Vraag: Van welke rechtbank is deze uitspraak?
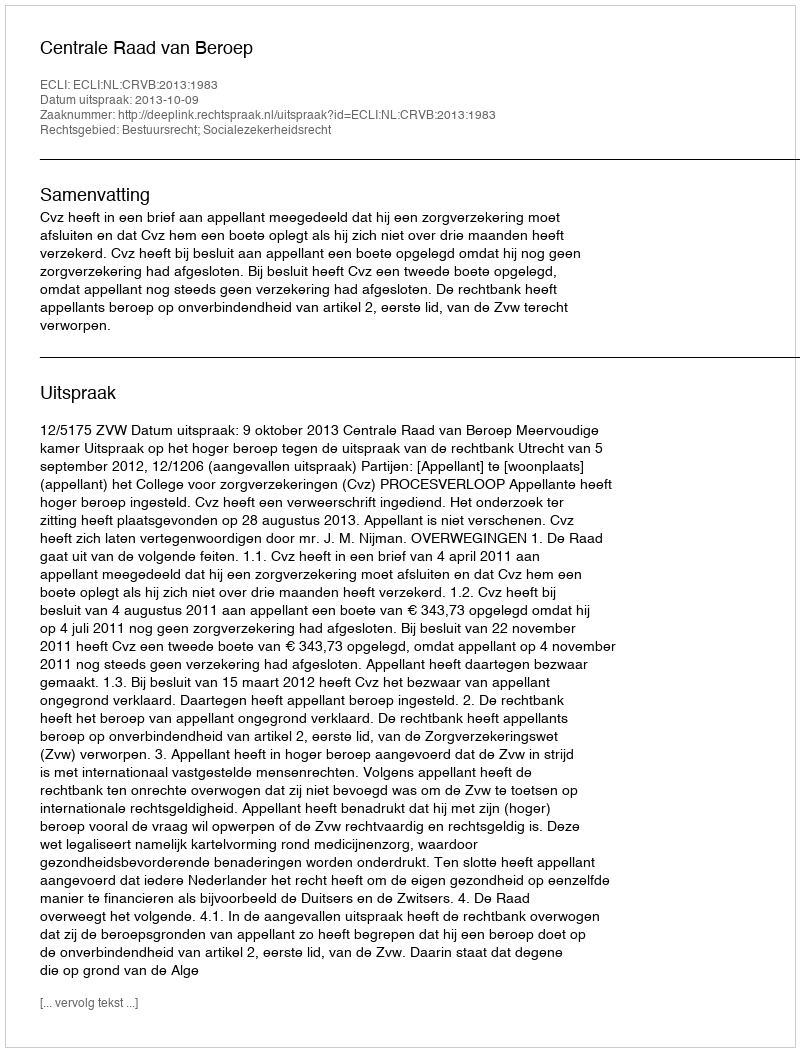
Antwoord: Centrale Raad van Beroep